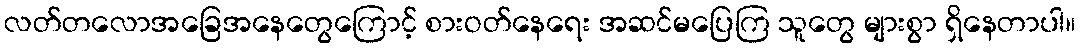
လတ်တလောအခြေအနေတွေကြောင့် စားဝတ်နေရေး အဆင်မပြေကြ သူတွေ များစွာ ရှိနေတာပါ။